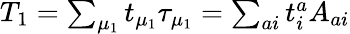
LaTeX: \begin{array}{r}{T_{1}=\sum_{\mu_{1}}t_{\mu_{1}}\tau_{\mu_{1}}=\sum_{ai}t_{i}^{a}A_{ai}}\end{array}